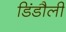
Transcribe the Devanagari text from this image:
डिंडौली